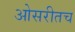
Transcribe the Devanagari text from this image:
ओसरीतच